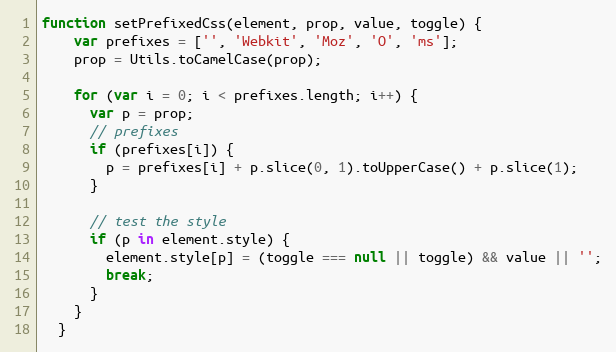
Language: JavaScript
function setPrefixedCss(element, prop, value, toggle) {
    var prefixes = ['', 'Webkit', 'Moz', 'O', 'ms'];
    prop = Utils.toCamelCase(prop);

    for (var i = 0; i < prefixes.length; i++) {
      var p = prop;
      // prefixes
      if (prefixes[i]) {
        p = prefixes[i] + p.slice(0, 1).toUpperCase() + p.slice(1);
      }

      // test the style
      if (p in element.style) {
        element.style[p] = (toggle === null || toggle) && value || '';
        break;
      }
    }
  }